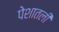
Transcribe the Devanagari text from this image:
पेशातली